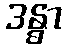
ဒန္ဓာ